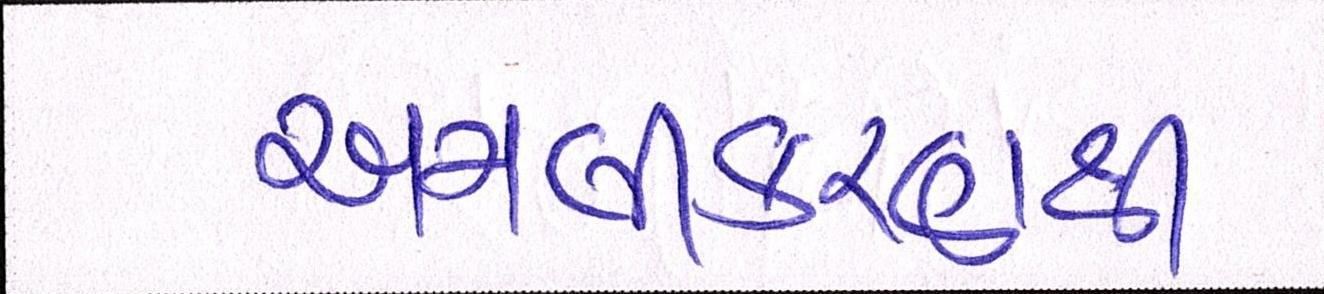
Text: અમલીકરણથી